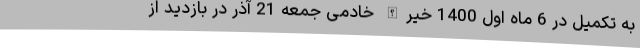
به تکمیل در 6 ماه اول 1400 خیرالله خادمی جمعه 21 آذر در بازدید از